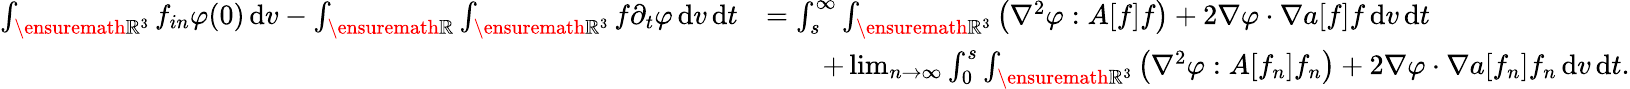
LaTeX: \begin{array}{rl}{\int_{\ensuremath{{\mathbb R}}^{3}}f_{in}\varphi(0)\, \mathrm{d}v-\int_{\ensuremath{{\mathbb R}}}\int_{\ensuremath{{\mathbb R}}^{3}}f\partial_{t}\varphi\, \mathrm{d}v\, \mathrm{d}t}&{=\int_{s}^{\infty}\int_{\ensuremath{{\mathbb R}}^{3}}\left(\nabla^{2}\varphi:A[f]f\right)+2\nabla\varphi\cdot\nabla a[f]f\, \mathrm{d}v\, \mathrm{d}t}\\ &{\qquad+\operatorname*{lim}_{n\rightarrow\infty}\int_{0}^{s}\int_{\ensuremath{{\mathbb R}}^{3}}\left(\nabla^{2}\varphi:A[f_{n}]f_{n}\right)+2\nabla\varphi\cdot\nabla a[f_{n}]f_{n}\, \mathrm{d}v\, \mathrm{d}t.}\end{array}